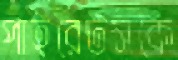
পাইরেটসকে